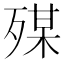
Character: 𣨴